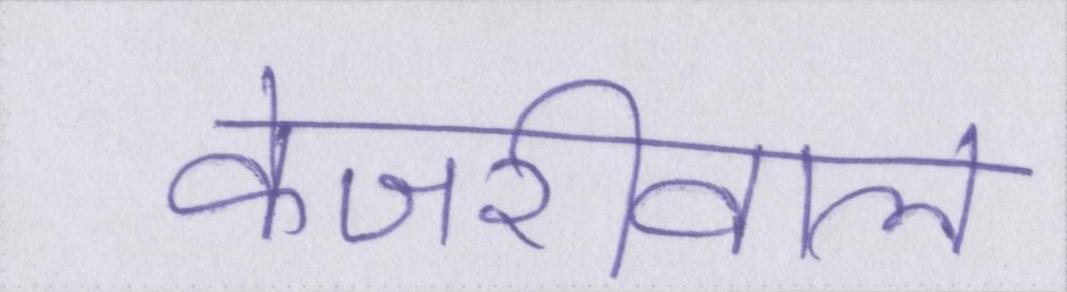
केजरीवाल